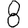
Digit: 8